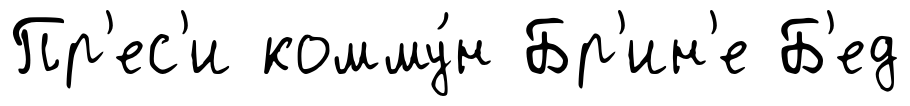
Пр'ес'и комму́н Бр'ин'е Б'ед